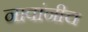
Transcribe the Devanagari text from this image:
नावांनीच